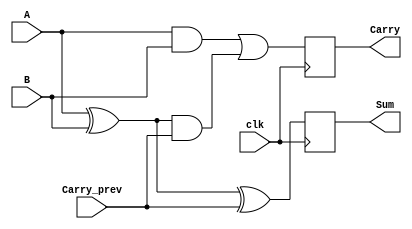
module SequentialHalfAdder (
    input wire clk,          // Clock input
    input wire A,           // First single-bit input
    input wire B,           // Second single-bit input
    input wire Carry_prev,   // Stored carry from previous addition
    output reg Sum,         // Sum output
    output reg Carry        // Carry output
);

    // Always block to handle the sequential logic
    always @(posedge clk) begin
        // Calculate Sum and Carry based on the current inputs and previous carry
        Sum <= A ^ B ^ Carry_prev;
        Carry <= (A & B) | ((A ^ B) & Carry_prev);
    end

endmodule